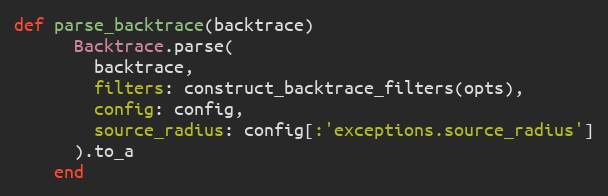
Language: Ruby
def parse_backtrace(backtrace)
      Backtrace.parse(
        backtrace,
        filters: construct_backtrace_filters(opts),
        config: config,
        source_radius: config[:'exceptions.source_radius']
      ).to_a
    end